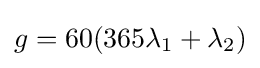
g=60(365\lambda _{1}+\lambda _{2})